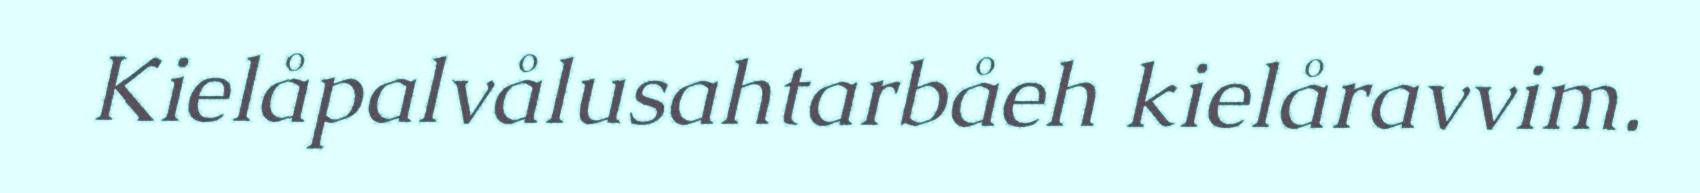
Kielåpalvålusahtarbåeh kielåravvim.